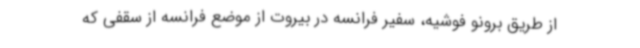
از طریق برونو فوشیه، سفیر فرانسه در بیروت از موضع فرانسه از سقفی که